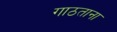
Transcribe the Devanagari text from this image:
गाठताना